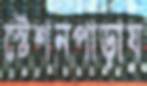
স্টেশনপাড়ায়